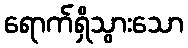
ရောက်ရှိသွားသော